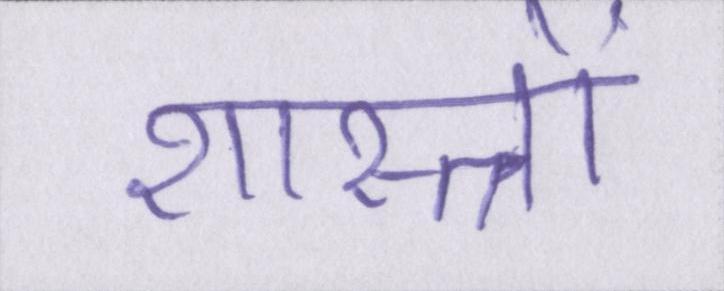
शास्त्रों